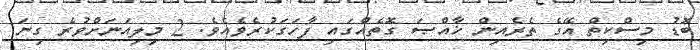
ބޮޑު މިސްކިތް އޭގެ ތެރެއިން ޚާއްޞަ ގޮތެއްގައި ފާހަގަކުރެވެއެވެ. 2 މިލިއަނަށްވުރެ ގިނަ